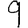
Digit: 9